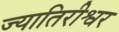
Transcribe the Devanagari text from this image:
ज्यातिरीश्वर